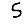
Digit: 5